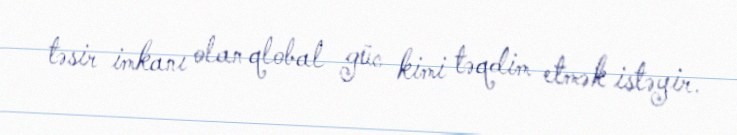
təsir imkanı olan qlobal güc kimi təqdim etmək istəyir.